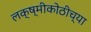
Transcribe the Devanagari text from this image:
लक्ष्मीकोठीच्या